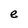
Character: e